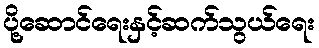
ပို့ဆောင်ရေးနှင့်ဆက်သွယ်ရေး